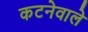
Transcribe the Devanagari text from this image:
कटनेवाले